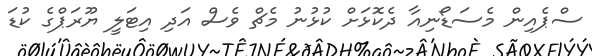
ސްޕެއިން މެސަޑޯނިއާ ދެކޮޅަށް ކުޅުނު މެޗް ވެސް އަދި އިޓަލީ ޔޫރަޕްގެ ކުޑަ